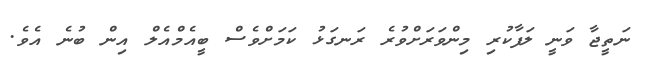
ނަތީޖާ ވަނީ ލަފާކުރި މިންވަރަށްވުރެ ރަނގަޅު ކަމަށްވެސް ބީއެމްއެލް އިން ބުނެ އެވެ.